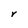
Character: r